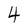
Character: 4